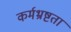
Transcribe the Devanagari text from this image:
कर्मभ्रष्टता